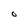
Character: O